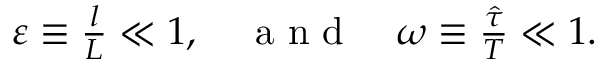
\begin{array} { r } { \varepsilon \equiv { \frac { l } { L } } \ll 1 , \quad \mathrm { ~ a ~ n ~ d ~ } \quad \omega \equiv \frac { { \hat { \tau } } } { T } \ll 1 . } \end{array}